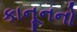
કાનૂનનો